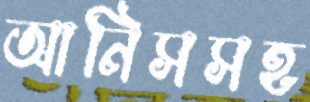
আনিসসহ